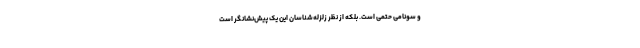
و سونامی حتمی است. بلکه از نظر زلزله‌شناسان این یک پیش‌نشانگر است